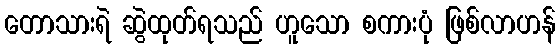
တောသားရဲ ဆွဲထုတ်ရသည် ဟူသော စကားပုံ ဖြစ်လာဟန်